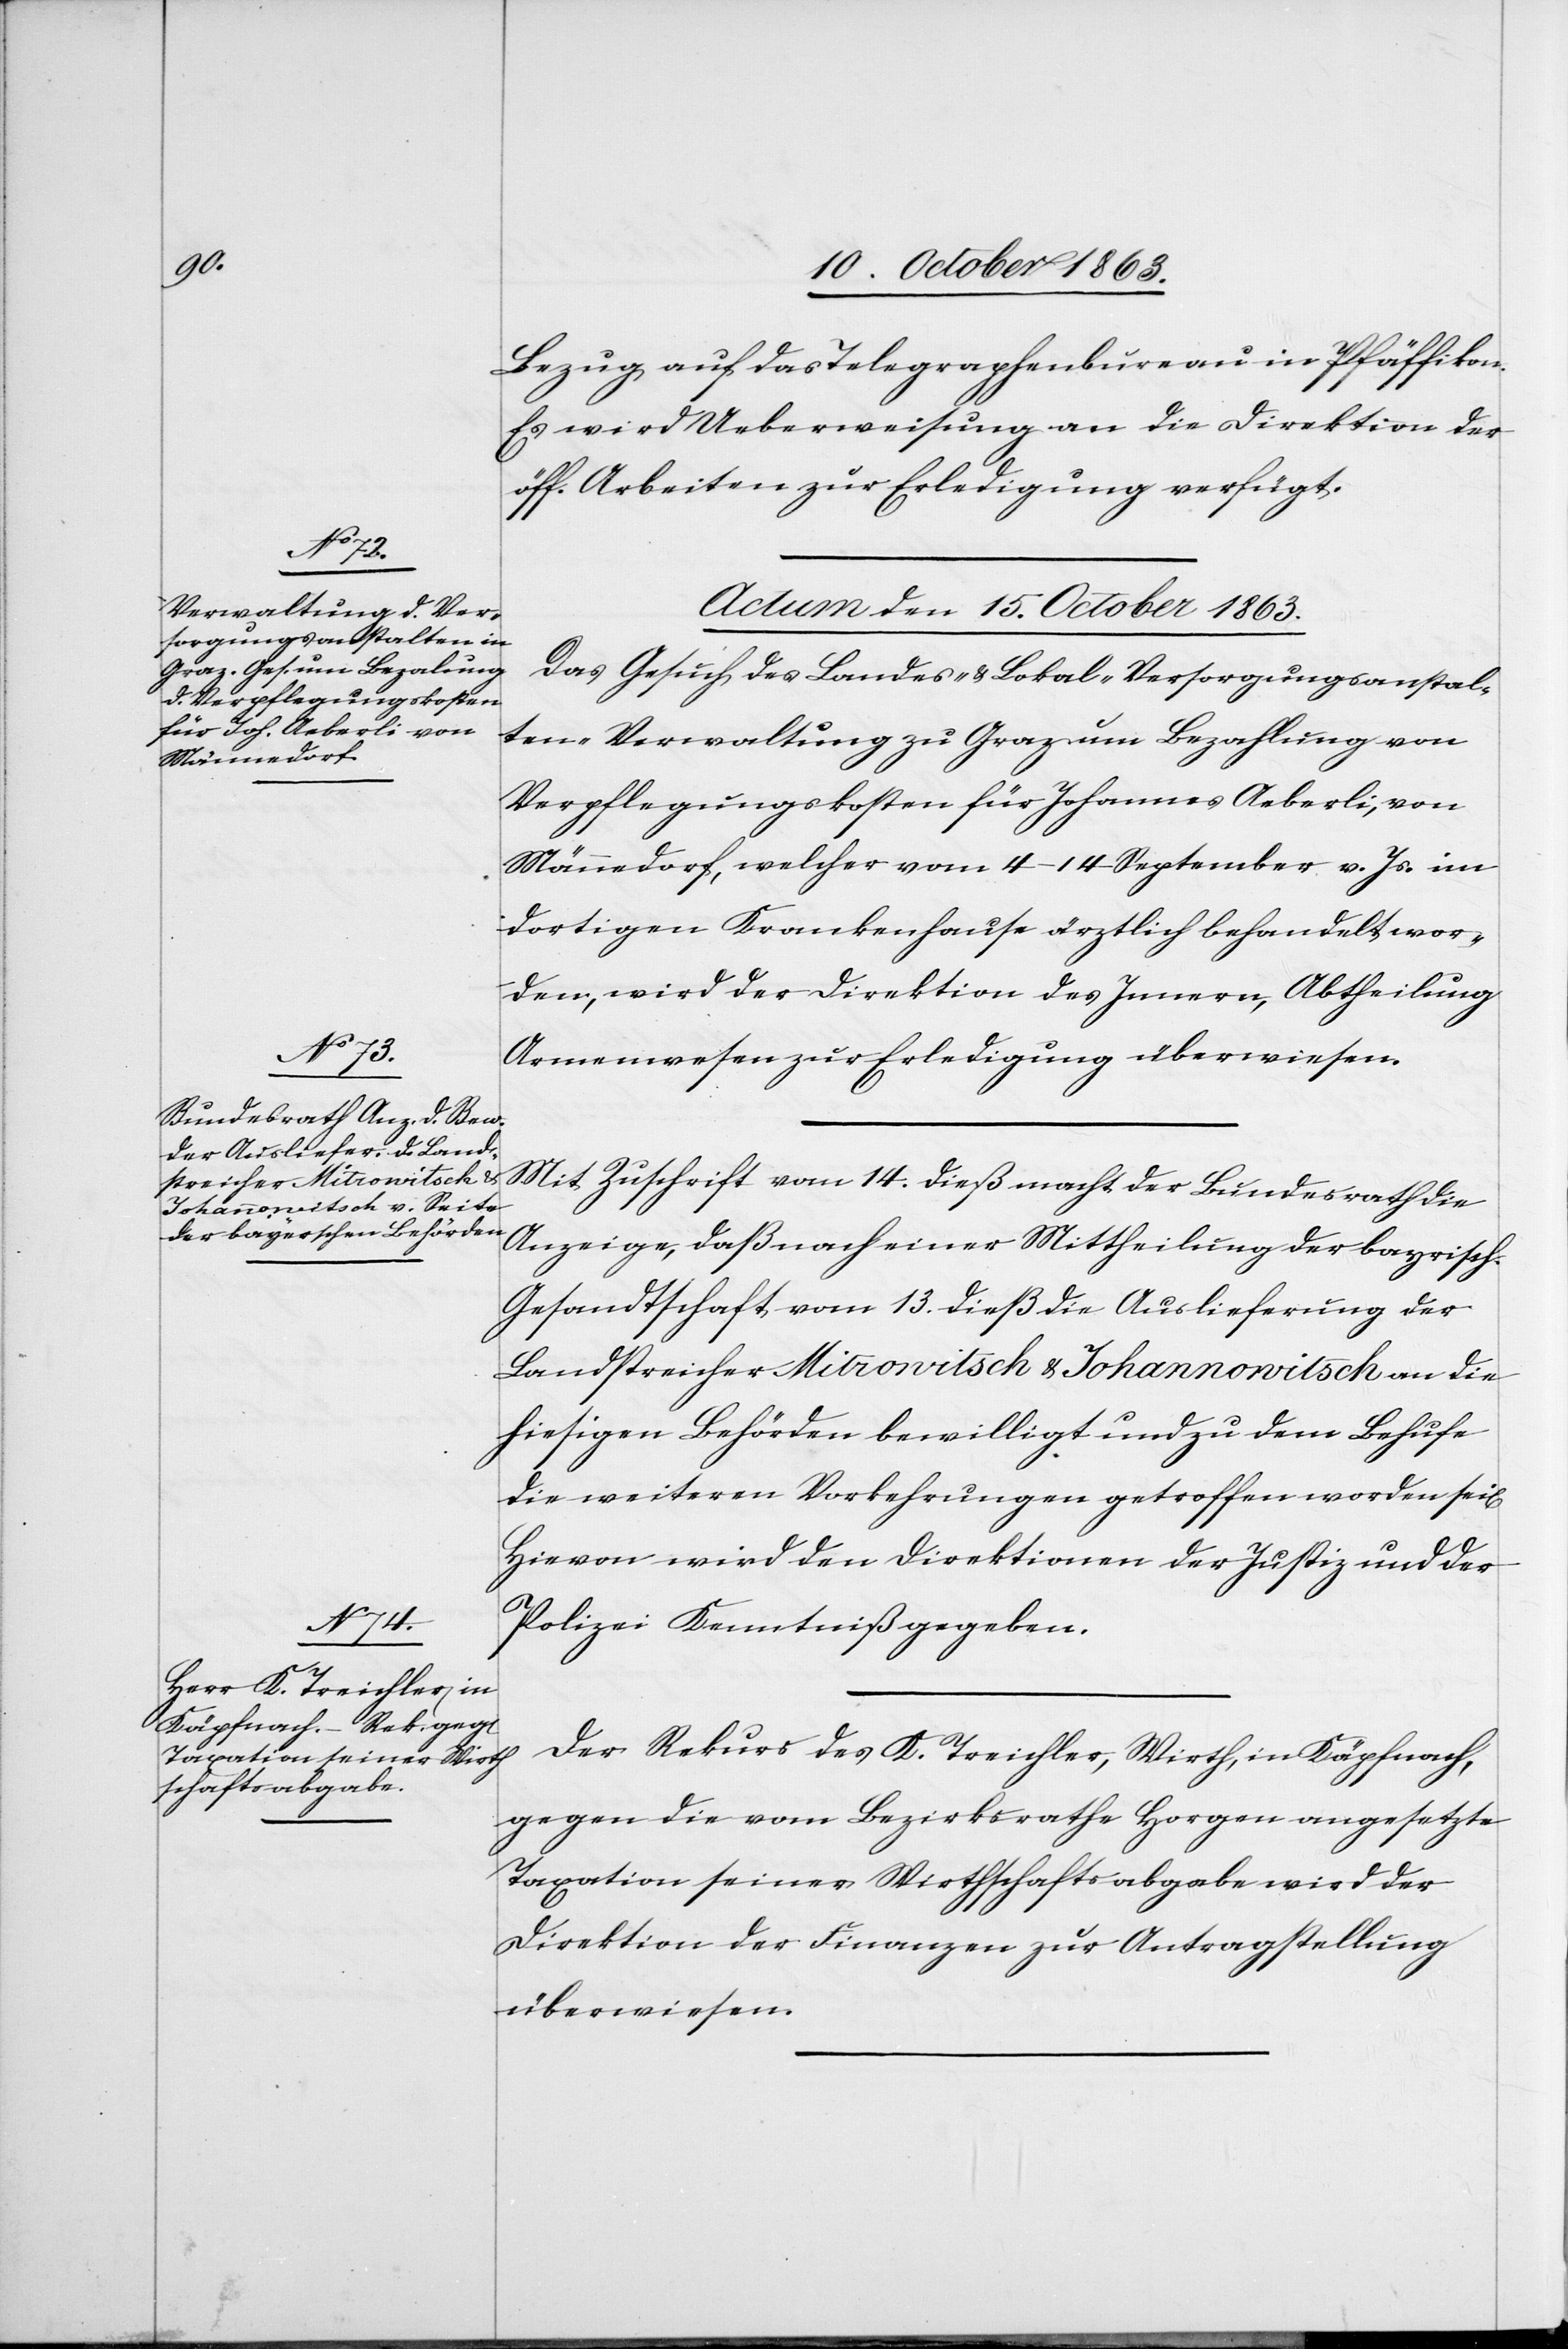
Bezug auf das Telegraphenbureau in Pfäffikon.
Es wird Ueberweisung an die Direktion der
öff. Arbeiten zur Erledigung verfügt.
Actum den 15. October 1863.]
Das Gesuch des [sic!] Landes- & Lokal-Versorgungsanstal¬
ten-Verwaltung zu Graz um Bezahlung von
Verpflegungskosten für Johannes Aeberli, von
Männedorf, welcher vom 4–14 September v. Js. im
dortigen Krankenhause ärztlich behandelt wor¬
den, wird der Direktion des Innern, Abtheilung
Armenwesen zur Erledigung überwiesen.
Mit Zuschrift vom 14. dieß macht der Bundesrath die
Anzeige, daß nach einer Mittheilung der bayrisch.
Gesandtschaft vom 13. dieß die Auslieferung der
Landstreicher Mitrowitsch & Johannowitsch an die
hiesigen Behörden bewilligt und zu dem Behufe
die weiteren Vorkehrungen getroffen worden sei[en][.]
Hievon wird den Direktionen der Justiz und der
Polizei Kenntniß gegeben.
Der Rekurs des K. Treichler, Wirth, in Käpfnach,
gegen die vom Bezirksrathe Horgen angesetzte
Taxation seiner Wirthschaftsabgabe wird der
Direktion der Finanzen zur Antragstellung
überwiesen.